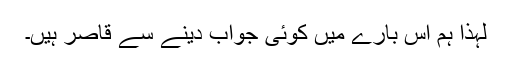
لہذا ہم اس بارے میں کوئی جواب دینے سے قاصر ہیں۔